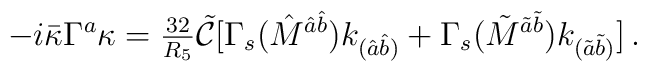
-i\bar{\kappa}\Gamma^{a}\kappa = {\textstyle\frac{32}{R_{5}}} \tilde{\mathcal{C}}[\Gamma_{s}(\hat{M}^{\hat{a}\hat{b}})k_{(\hat{a}\hat{b})}+\Gamma_{s}(\tilde{M}^{\tilde{a}\tilde{b}})k_{(\tilde{a}\tilde{b})}]\, .